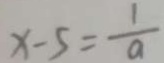
x - 5 = \frac { 1 } { a }